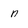
Character: n